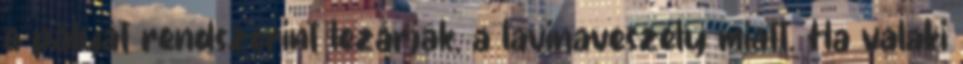
a pályát rendszerint lezárják, a lavinaveszély miatt. Ha valaki